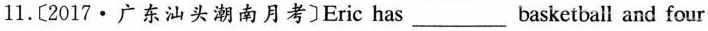
11.〔2017\cdot 广东汕头潮南月考〕Eric has___basketball and four